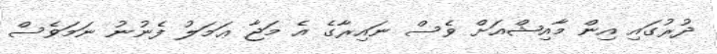
ދުރުގައި އިން މާއިޝްއަށް ވެސް ނައިރާގެ އެ މަޖާ ޢަމަލު ފެނުނު ނަމަވެސް